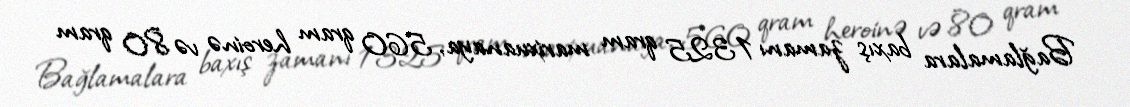
Bağlamalara baxış zamanı 1325 qram marixuanaya, 560 qram heroinə və 80 qram